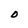
Character: 0